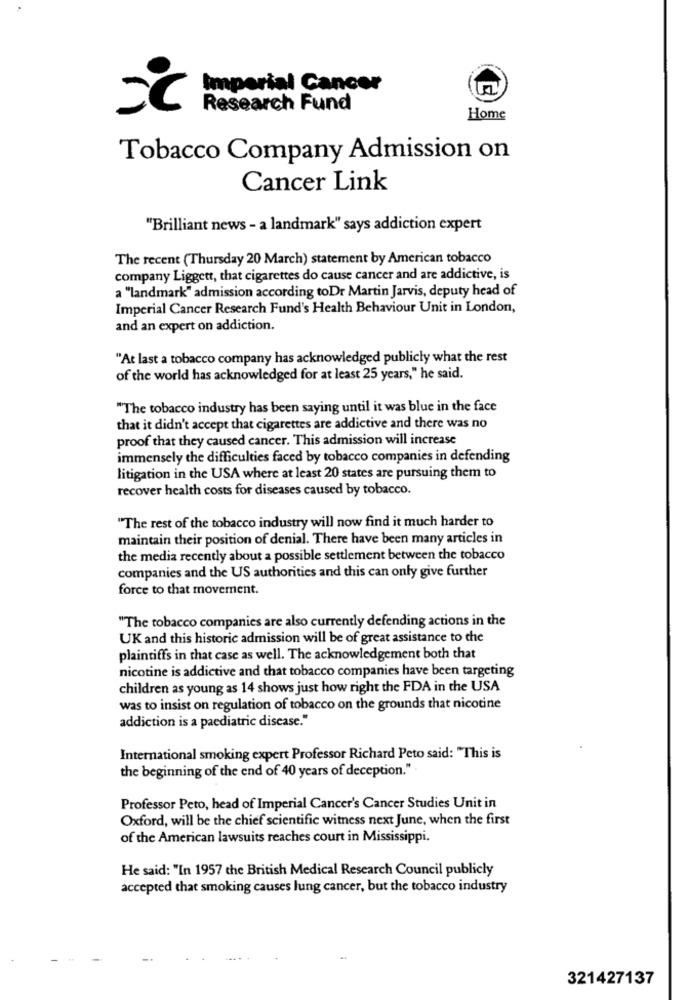
Imperial Cancer
Research Fund
Home
Tobacco Company Admission on
Cancer Link
"Brilliant news - a landmark" says addiction expert
The recent (Thursday 20 March) statement by American tobacco
company Liggett, that cigarettes do cause cancer and are addictive, is
a "landmark" admission according toDr Martin Jarvis, deputy head of
Imperial Cancer Research Fund's Health Behaviour Unit in London,
and an expert on addiction.
"At last a tobacco company has acknowledged publicly what the rest
of the world has acknowledged for at least 25 years," he said.
"The tobacco industry has been saying until it was blue in the face
that it didn't accept that cigarettes are addictive and there was no
proof that they caused cancer. This admission will increase
immensely the difficulties faced by tobacco companies in defending
litigation in the USA where at least 20 states are pursuing them to
recover health costs for diseases caused by tobacco.
"The rest of the tobacco industry will now find it much harder to
maintain their position of denial. There have been many articles in
the media recently about a possible settlement between the tobacco
companies and the US authorities and this can only give further
force to that movement.
"The tobacco companies are also currently defending actions in the
UK and this historic admission will be of great assistance to the
plaintiffs in that case as well. The acknowledgement both that
nicotine is addictive and that tobacco companies have been targeting
children as young as 14 shows just how right the FDA in the USA
was to insist on regulation of tobacco on the grounds that nicotine
addiction is a paediatric disease."
International smoking expert Professor Richard Peto said: "This is
the beginning of the end of 40 years of deception."
Professor Peto, head of Imperial Cancer's Cancer Studies Unit in
Oxford, will be the chief scientific witness next June, when the first
of the American lawsuits reaches court in Mississippi.
He said: "In 1957 the British Medical Research Council publicly
accepted that smoking causes lung cancer, but the tobacco industry
321427137